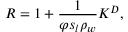
R = 1 + \frac { 1 } { \varphi s _ { l } \rho _ { w } } K ^ { D } ,